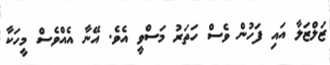
ޒަލްޒަލާ އައި ފަހުން ވެސް ހަތަރު މަސްވީ އެވެ. އޭނާ އެއްވެސް މީހަކާ